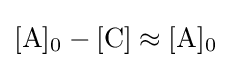
{\ce {[A]0}}-{\ce {[C]}}\approx {\ce {[A]0}}